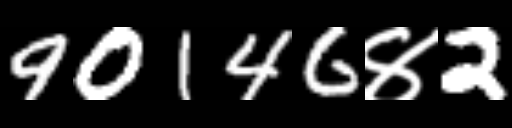
Text: 90146४2